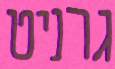
גרניט